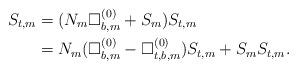
LaTeX: \begin{align*}S_{t,m}&=(N_{m}\Box^{(0)}_{b,m}+S_{m})S_{t,m}\\&=N_{m}(\Box^{(0)}_{b,m}-\Box^{(0)}_{t,b,m})S_{t,m}+S_{m}S_{t,m}.\end{align*}